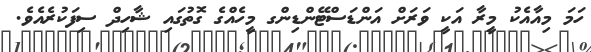
ހަމަ މިއާއެކު މީރާ އަކީ ވަރަށް އަންޑަސްޓޭންޑިންގ މީހެއްގެ ގޮތުގައި ޝާހިދް ސިފަކުރެއެވެ.